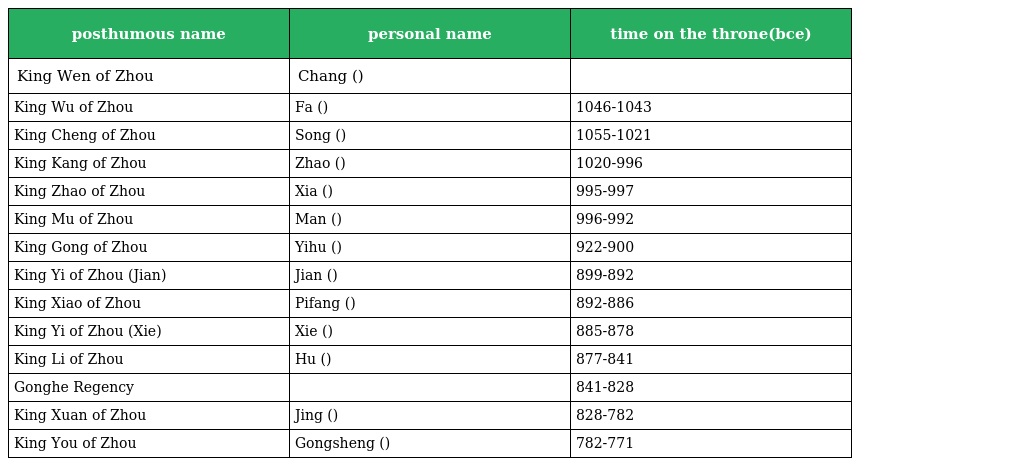
| posthumous name | personal name | time on the throne(bce) |
 | --- | --- | --- |
 | King Wen of Zhou | Chang (昌) |  |
 | King Wu of Zhou | Fa (发) | 1046-1043 |
 | King Cheng of Zhou | Song (诵) | 1055-1021 |
 | King Kang of Zhou | Zhao (钊) | 1020-996 |
 | King Zhao of Zhou | Xia (瑕) | 995-997 |
 | King Mu of Zhou | Man (满) | 996-992 |
 | King Gong of Zhou | Yihu (繄扈) | 922-900 |
 | King Yi of Zhou (Jian) | Jian (囏) | 899-892 |
 | King Xiao of Zhou | Pifang (辟方) | 892-886 |
 | King Yi of Zhou (Xie) | Xie (燮) | 885-878 |
 | King Li of Zhou | Hu (胡) | 877-841 |
 | Gonghe Regency |  | 841-828 |
 | King Xuan of Zhou | Jing (静) | 828-782 |
 | King You of Zhou | Gongsheng (宫湦) | 782-771 |